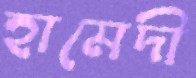
হামেদী